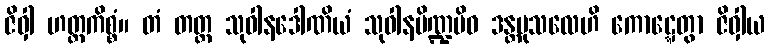
ဇိဝှါ ဟတ္ထကိစ္စံ။ တံ တတ္ထ သုဝါနဒေါဏိယံ သုဝါနပိဏ္ဍမိဝ ဒန္တမုသလေဟိ ကောဋ္ဋေတွာ ဇိဝှါယ